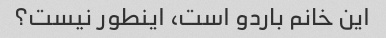
این خانم باردو است، اینطور نیست؟